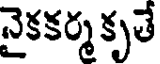
నైకకర్మ కృతే